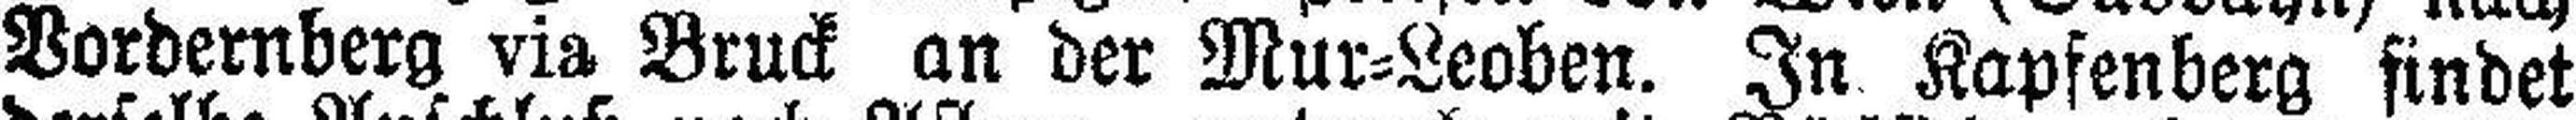
Vordemberg via Bruck an der Mur=Leoben. In Kapfenberg findet